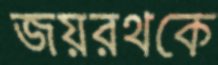
জয়রথকে